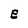
Character: e